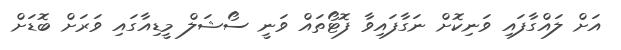
އަށް ލައްގާފައި ވަނިކޮށް ނަގާފައިވާ ފޮޓޯތައް ވަނީ ސޯޝަލް މީޑިއާގައި ވަރަށް ބޮޑަށް